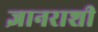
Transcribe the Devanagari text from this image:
ज्ञानराशी